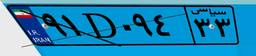
۹۱D۰۹۴۳۳